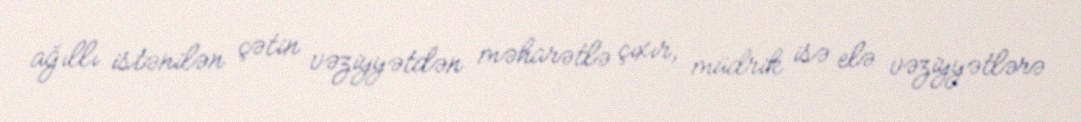
ağıllı istənilən çətin vəziyyətdən məharətlə çıxır, müdrik isə elə vəziyyətlərə